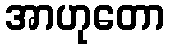
အာဟုတော